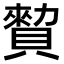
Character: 𧷖